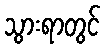
သွားရာတွင်